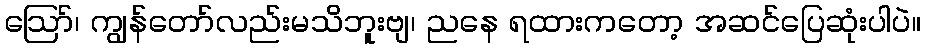
ဪ၊ ကျွန်တော်လည်းမသိဘူးဗျ၊ ညနေ ရထားကတော့ အဆင်ပြေဆုံးပါပဲ။